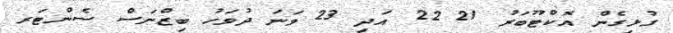
ގުޅިގެން އޮކްޓޫބަރު 21 22 އަދި 23 ވަނަ ދުވަހު ބިޒްނަސް ސެންޓަރ